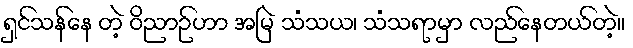
ရှင်သန်နေ တဲ့ ဝိညာဉ်ဟာ အမြဲ သံသယ၊ သံသရာမှာ လည်နေတယ်တဲ့။